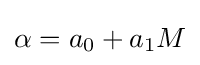
\alpha =a_{0}+a_{1}M